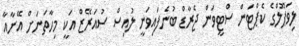
ލިވަޕޫލްގެ ކެޕްޓަން ސްޓީވަން ޖެރާޑް ބުނެފައިވަނީ ލުއިސް ސުއަރޭޒް އަކީ މިހާތަނަށް އޭނާއާ